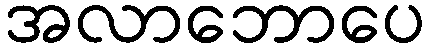
အလာဘောပေ